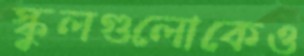
স্কুলগুলোকেও